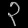
Digit: ၃